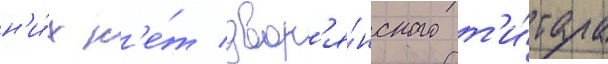
н'и́х н'е́т двор'я́нского т'и́тула